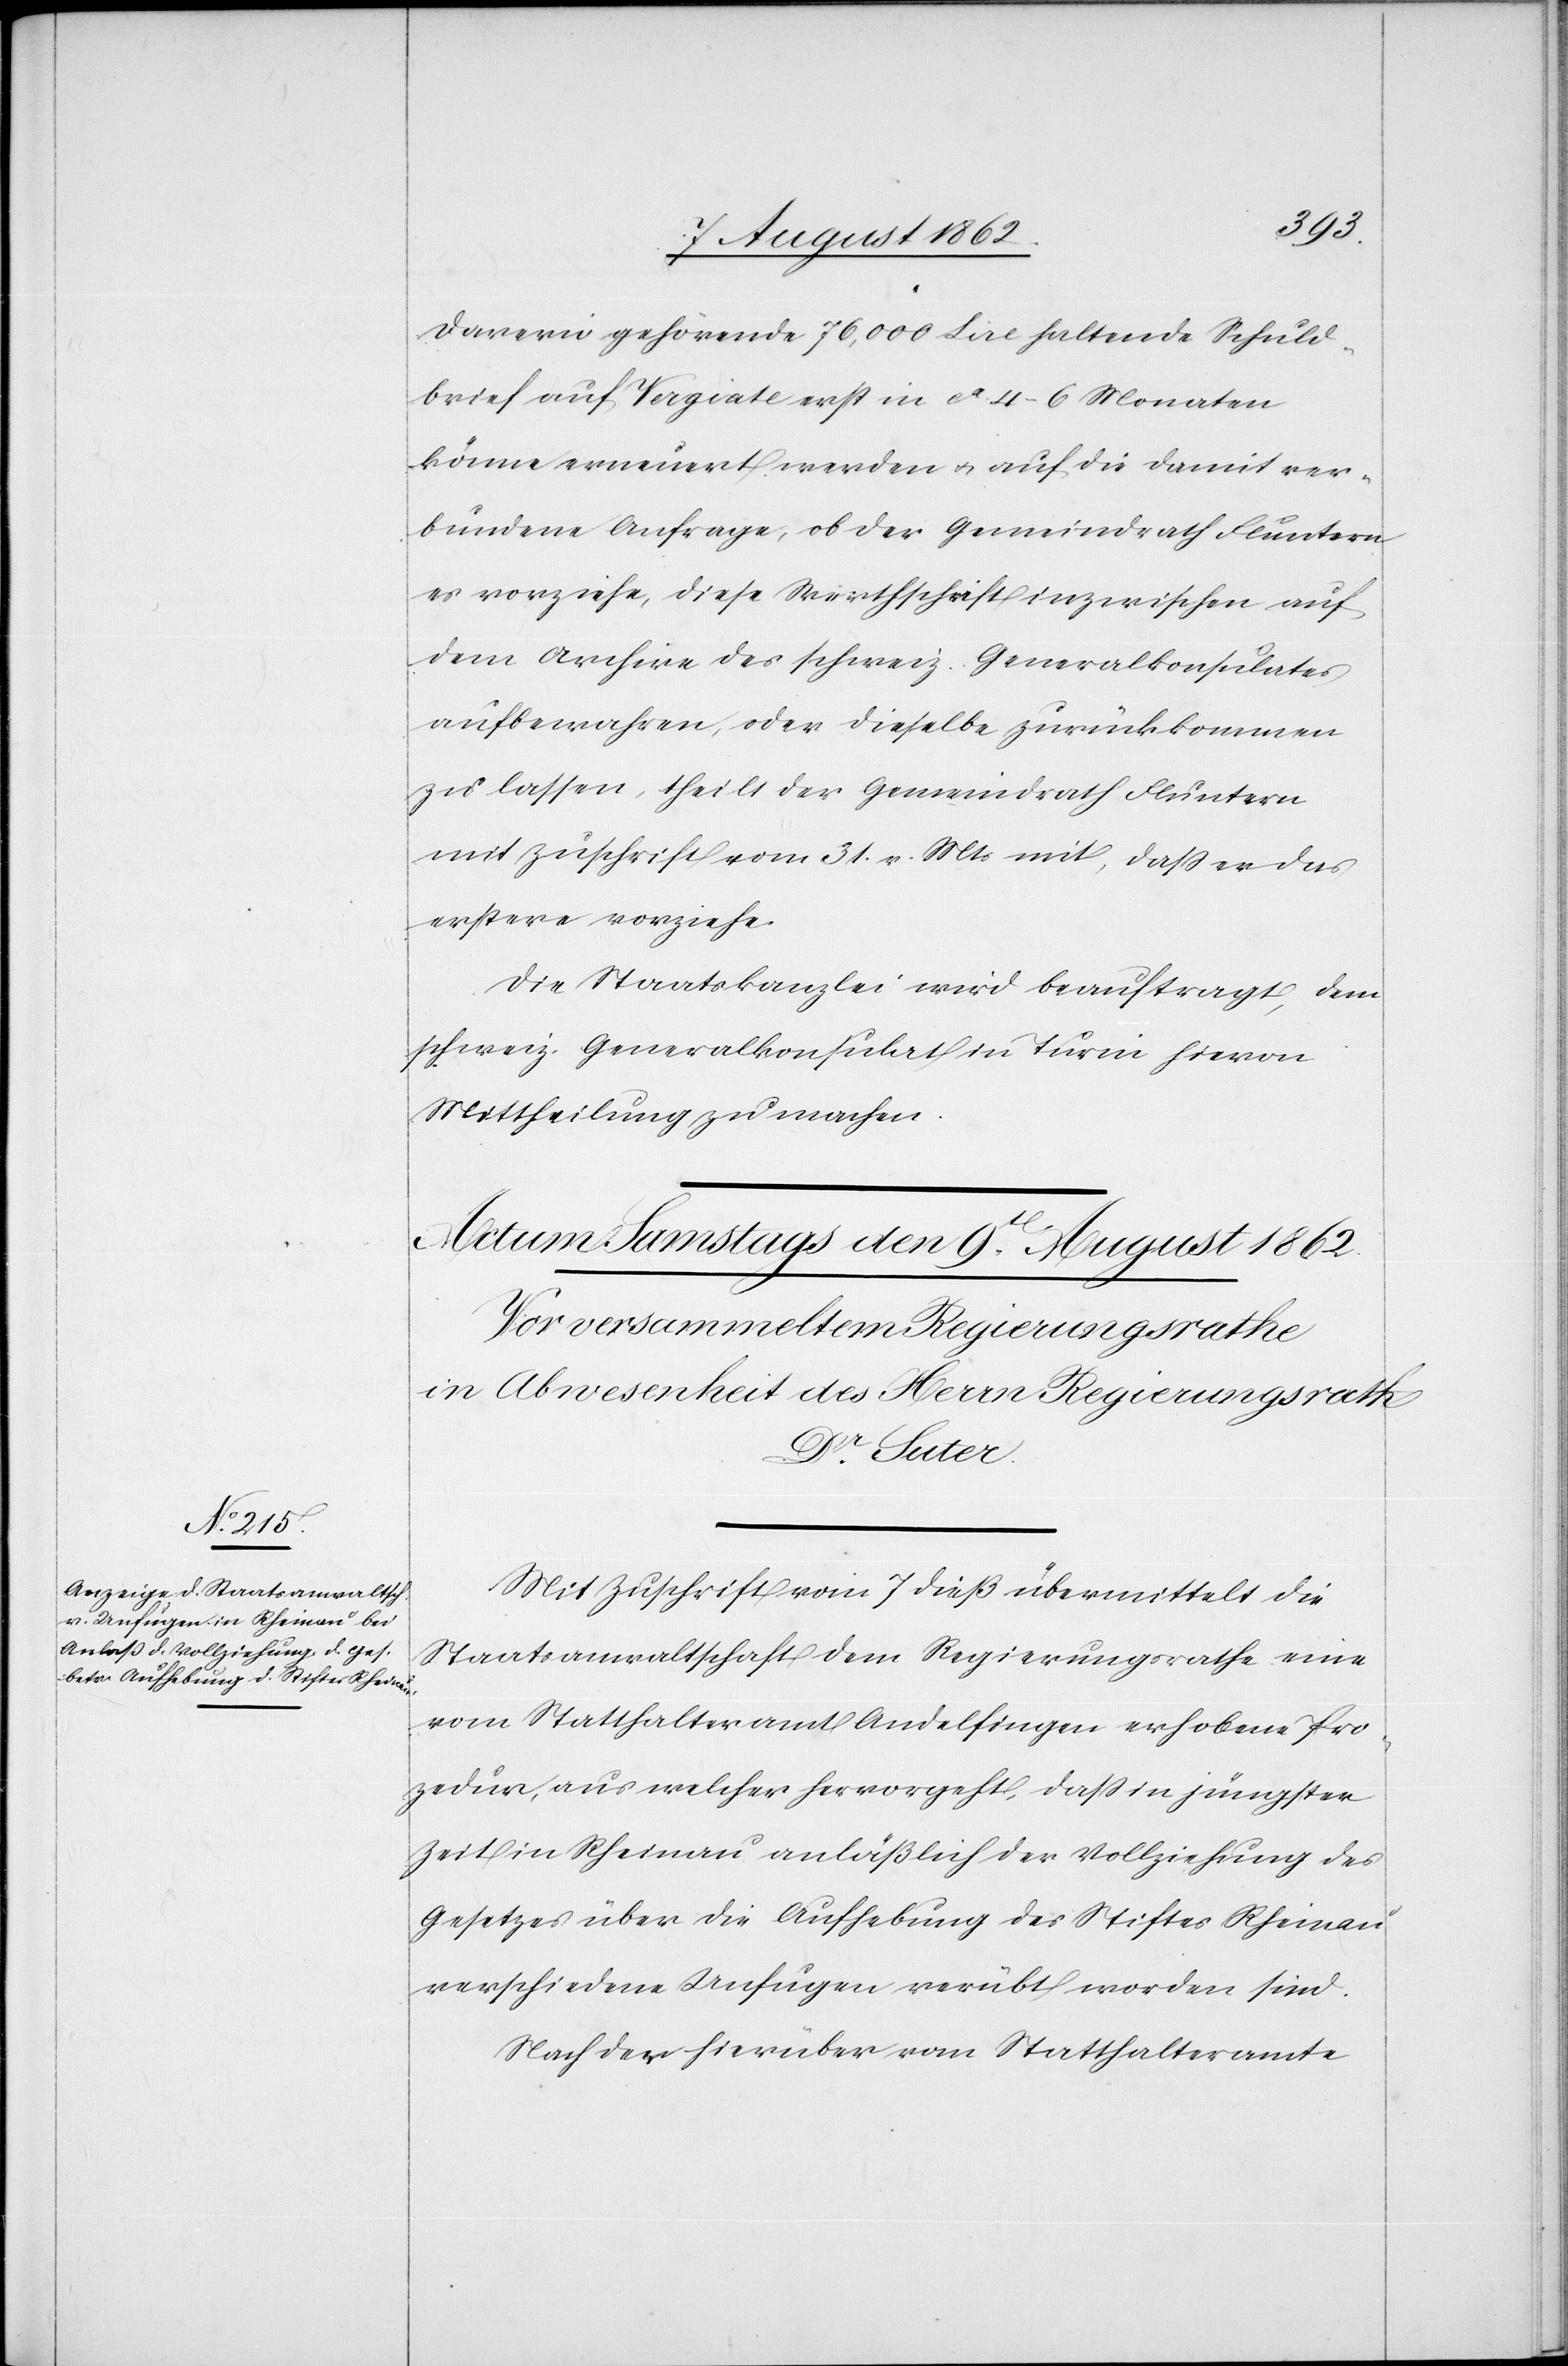
Daverio gehörende 76,000 Lire haltende Schuld¬
brief auf Vagiate erst in ca 4–6 Monaten
könne erneuert werden u. auf die damit ver¬
bundene Anfrage, ob der Gemeindrath Fluntern
es vorziehe, diese Werthschrift inzwischen auf
dem Archive des schweiz. Generalkonsulates
aufbewahren, oder dieselbe zurückkommen
zu lassen, theilt der Gemeindrath Fluntern
mit Zuschrift vom 31. v. Mts. mit, daß er das
erstere vorziehe.
Die Staatskanzlei wird beauftragt, dem
schweiz. Generalkonsulat in Turin hievon
Mittheilung zu machen.
Mit Zuschrift vom 7. dieß übermittelt die
Staatsanwaltschaft dem Regierungsrathe eine
vom Statthalteramt Andelfingen erhobene Pro¬
zedur, aus welcher hervorgeht, daß in jüngster
Zeit in Rheinau anläßlich der Vollziehung des
Gesetzes über die Aufhebung des Stiftes Rheinau
verschiedene Unfugen verübt worden sind.
Nach der hierüber vom Statthalteramte